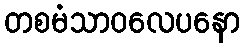
တစမံသာဝလေပနော